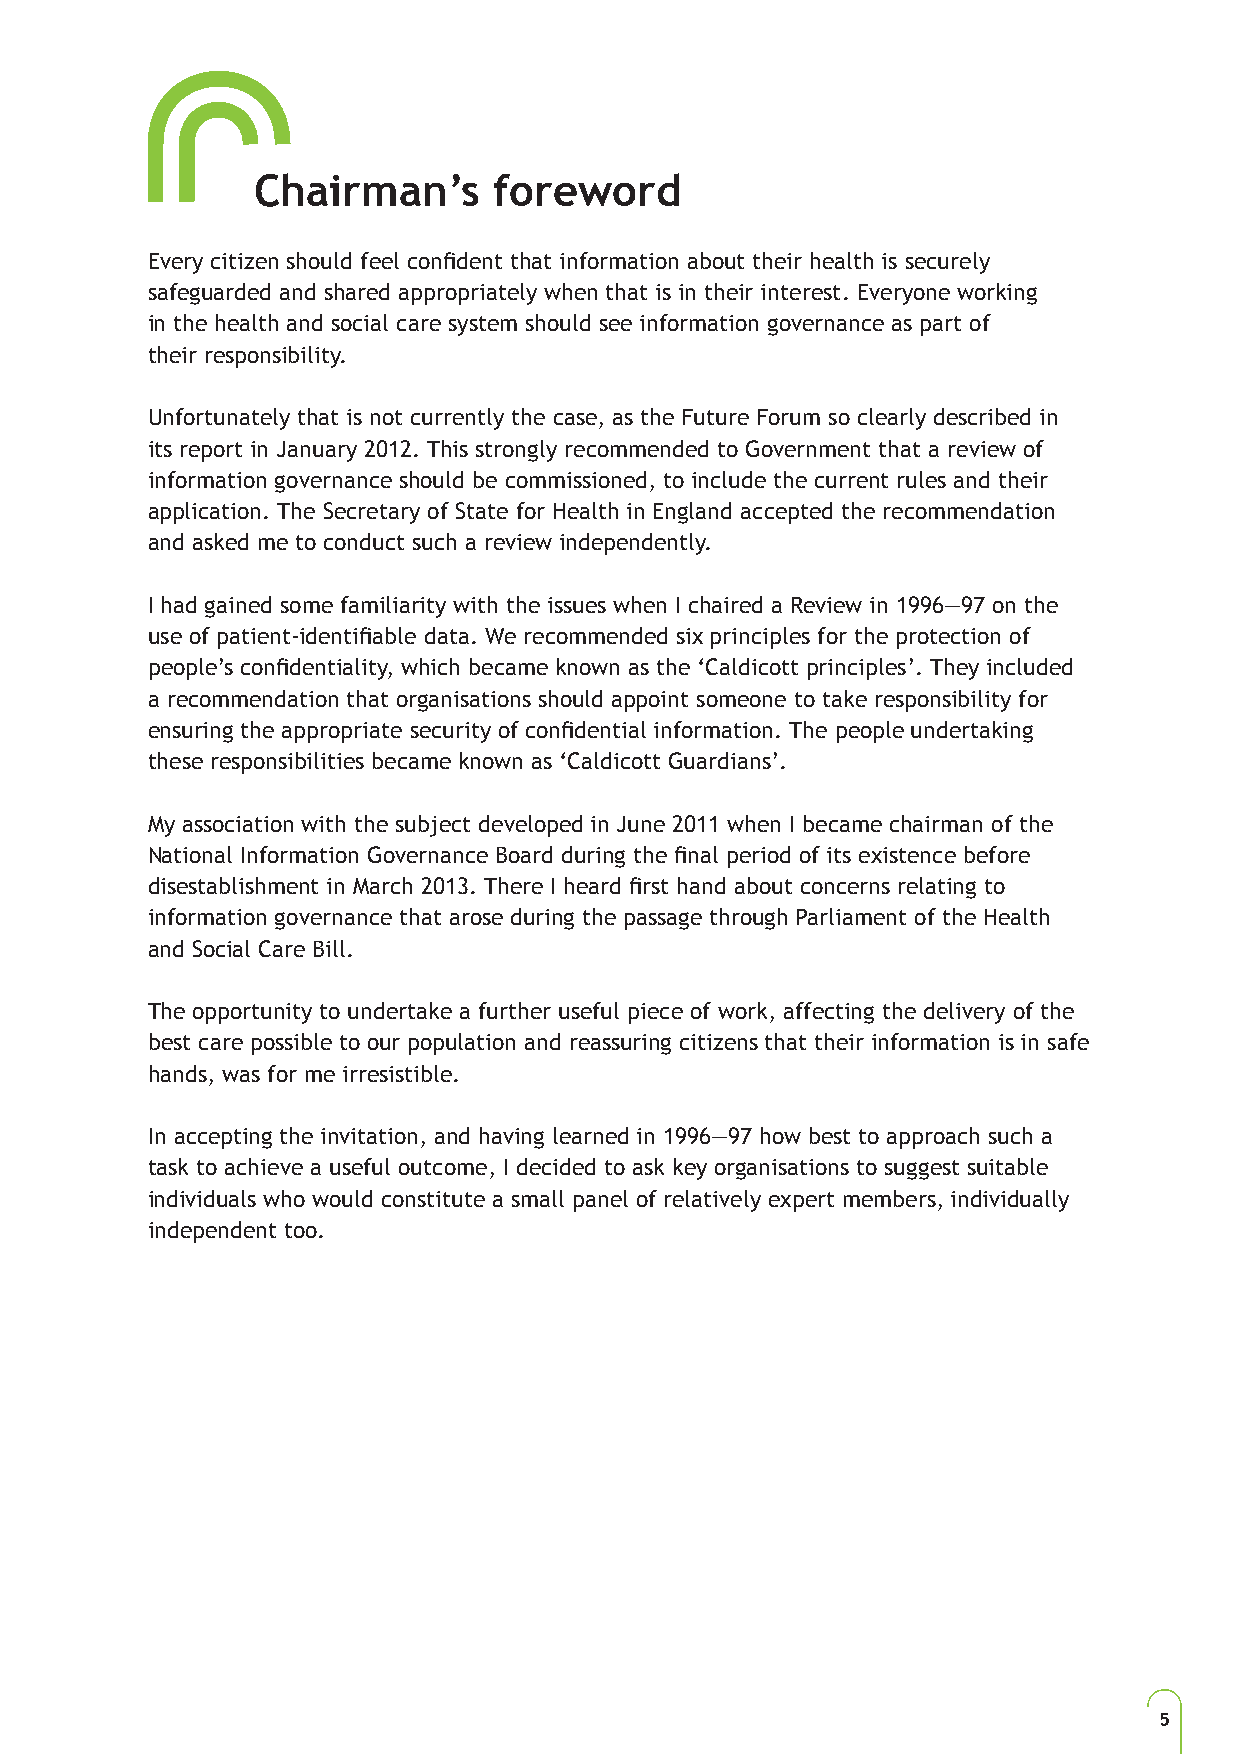
Chairman’s      foreword
 Every citizen should feel confident that information about their health is securely
 safeguarded and shared appropriately when that is in their interest. Everyone working
 in the health and social care system should see information governance as part of
 their responsibility.
 Unfortunately that is not currently the case, as the Future Forum so clearly described in
 its report in January 2012. This strongly recommended to Government that a review of
 information governance should be commissioned, to include the current rules and their
 application. The Secretary of State for Health in England accepted the recommendation
 and asked me to conduct such a review independently.
 I had gained some familiarity with the issues when I chaired a Review in 1996—97 on the
 use of patient-identifiable data. We recommended six principles for the protection of
 people’s confidentiality, which became known as the ‘Caldicott principles’. They included
 a recommendation that organisations should appoint someone to take responsibility for
 ensuring the appropriate security of confidential information. The people undertaking
 these responsibilities became known as ‘Caldicott Guardians’.
 My association with the subject developed in June 2011 when I became chairman of the
 National Information Governance Board during the final period of its existence before
 disestablishment in March 2013. There I heard first hand about concerns relating to
 information governance that arose during the passage through Parliament of the Health
 and Social Care Bill.
 The opportunity to undertake a further useful piece of work, affecting the delivery of the
 best care possible to our population and reassuring citizens that their information is in safe
 hands, was for me irresistible.
 In accepting the invitation, and having learned in 1996—97 how best to approach such a
 task to achieve a useful outcome, I decided to ask key organisations to suggest suitable
 individuals who would constitute a small panel of relatively expert members, individually
 independent too.
 5